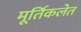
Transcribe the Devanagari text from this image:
मूर्तिकलेत